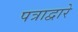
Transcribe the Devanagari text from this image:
पत्राद्वारे